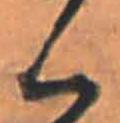
く